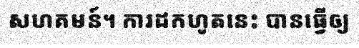
សហគមន៍។ ការដកហូតនេះ បានធ្វើឲ្យ